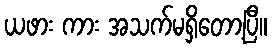
ယဖား ကား အသက်မရှိတော့ပြီ။